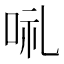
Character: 𠲥